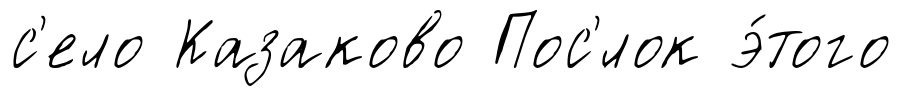
с'ело Казаково Пос'́лок э́того